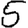
Digit: 5